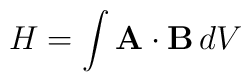
H = \int {\bf A} \cdot {\bf B} \,dV